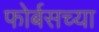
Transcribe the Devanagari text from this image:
फोर्बसच्या